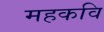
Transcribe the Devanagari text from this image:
महकवि